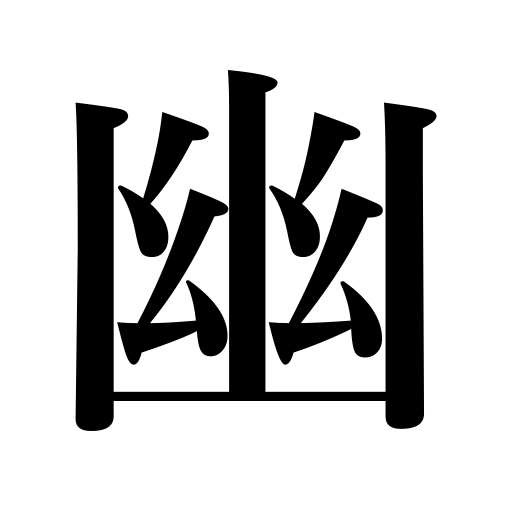
Meanings: confine to a room